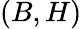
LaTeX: (B,H)